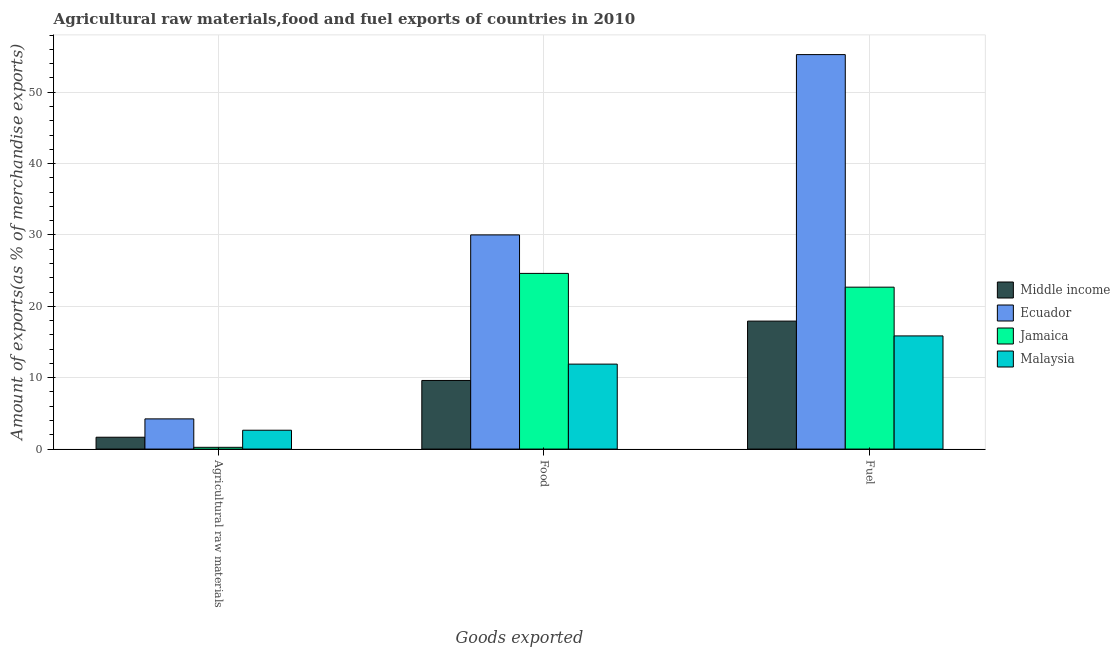
| Goods exported | Middle income | Ecuador | Jamaica | Malaysia |
 | --- | --- | --- | --- | --- |
 | Agricultural raw materials | 1.66 | 4.23 | 0.247 | 2.64 |
 | Food | 9.62 | 30 | 24.6 | 11.9 |
 | Fuel | 17.9 | 55.3 | 22.7 | 15.9 |